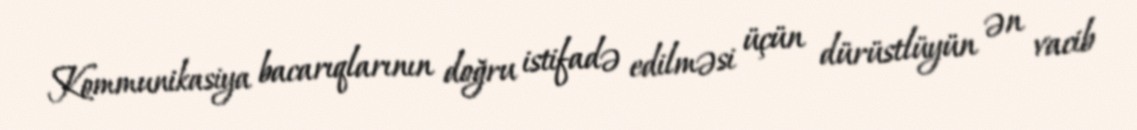
Kommunikasiya bacarıqlarının doğru istifadə edilməsi üçün dürüstlüyün ən vacib